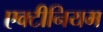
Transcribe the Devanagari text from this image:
एक्टीनियम